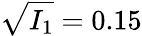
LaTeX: \sqrt{I_{1}}=0.15